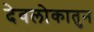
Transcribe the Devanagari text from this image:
देवलोकातुन